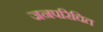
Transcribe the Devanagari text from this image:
जनपरिचित